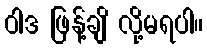
ဝါဒ ဖြန့်ချိ လို့မရပါ။